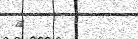
٦